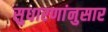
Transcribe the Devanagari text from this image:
सुधारणांनुसार